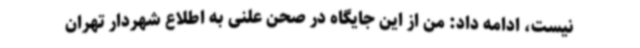
نیست، ادامه داد: من از این جایگاه در صحن علنی به اطلاع شهردار تهران